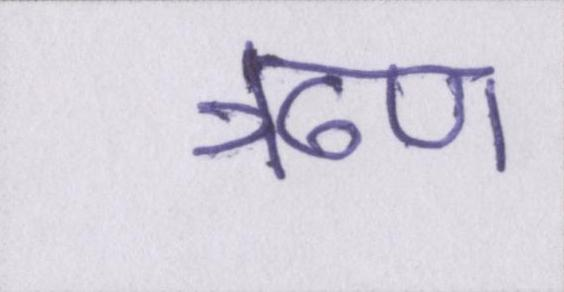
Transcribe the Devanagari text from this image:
ॠण